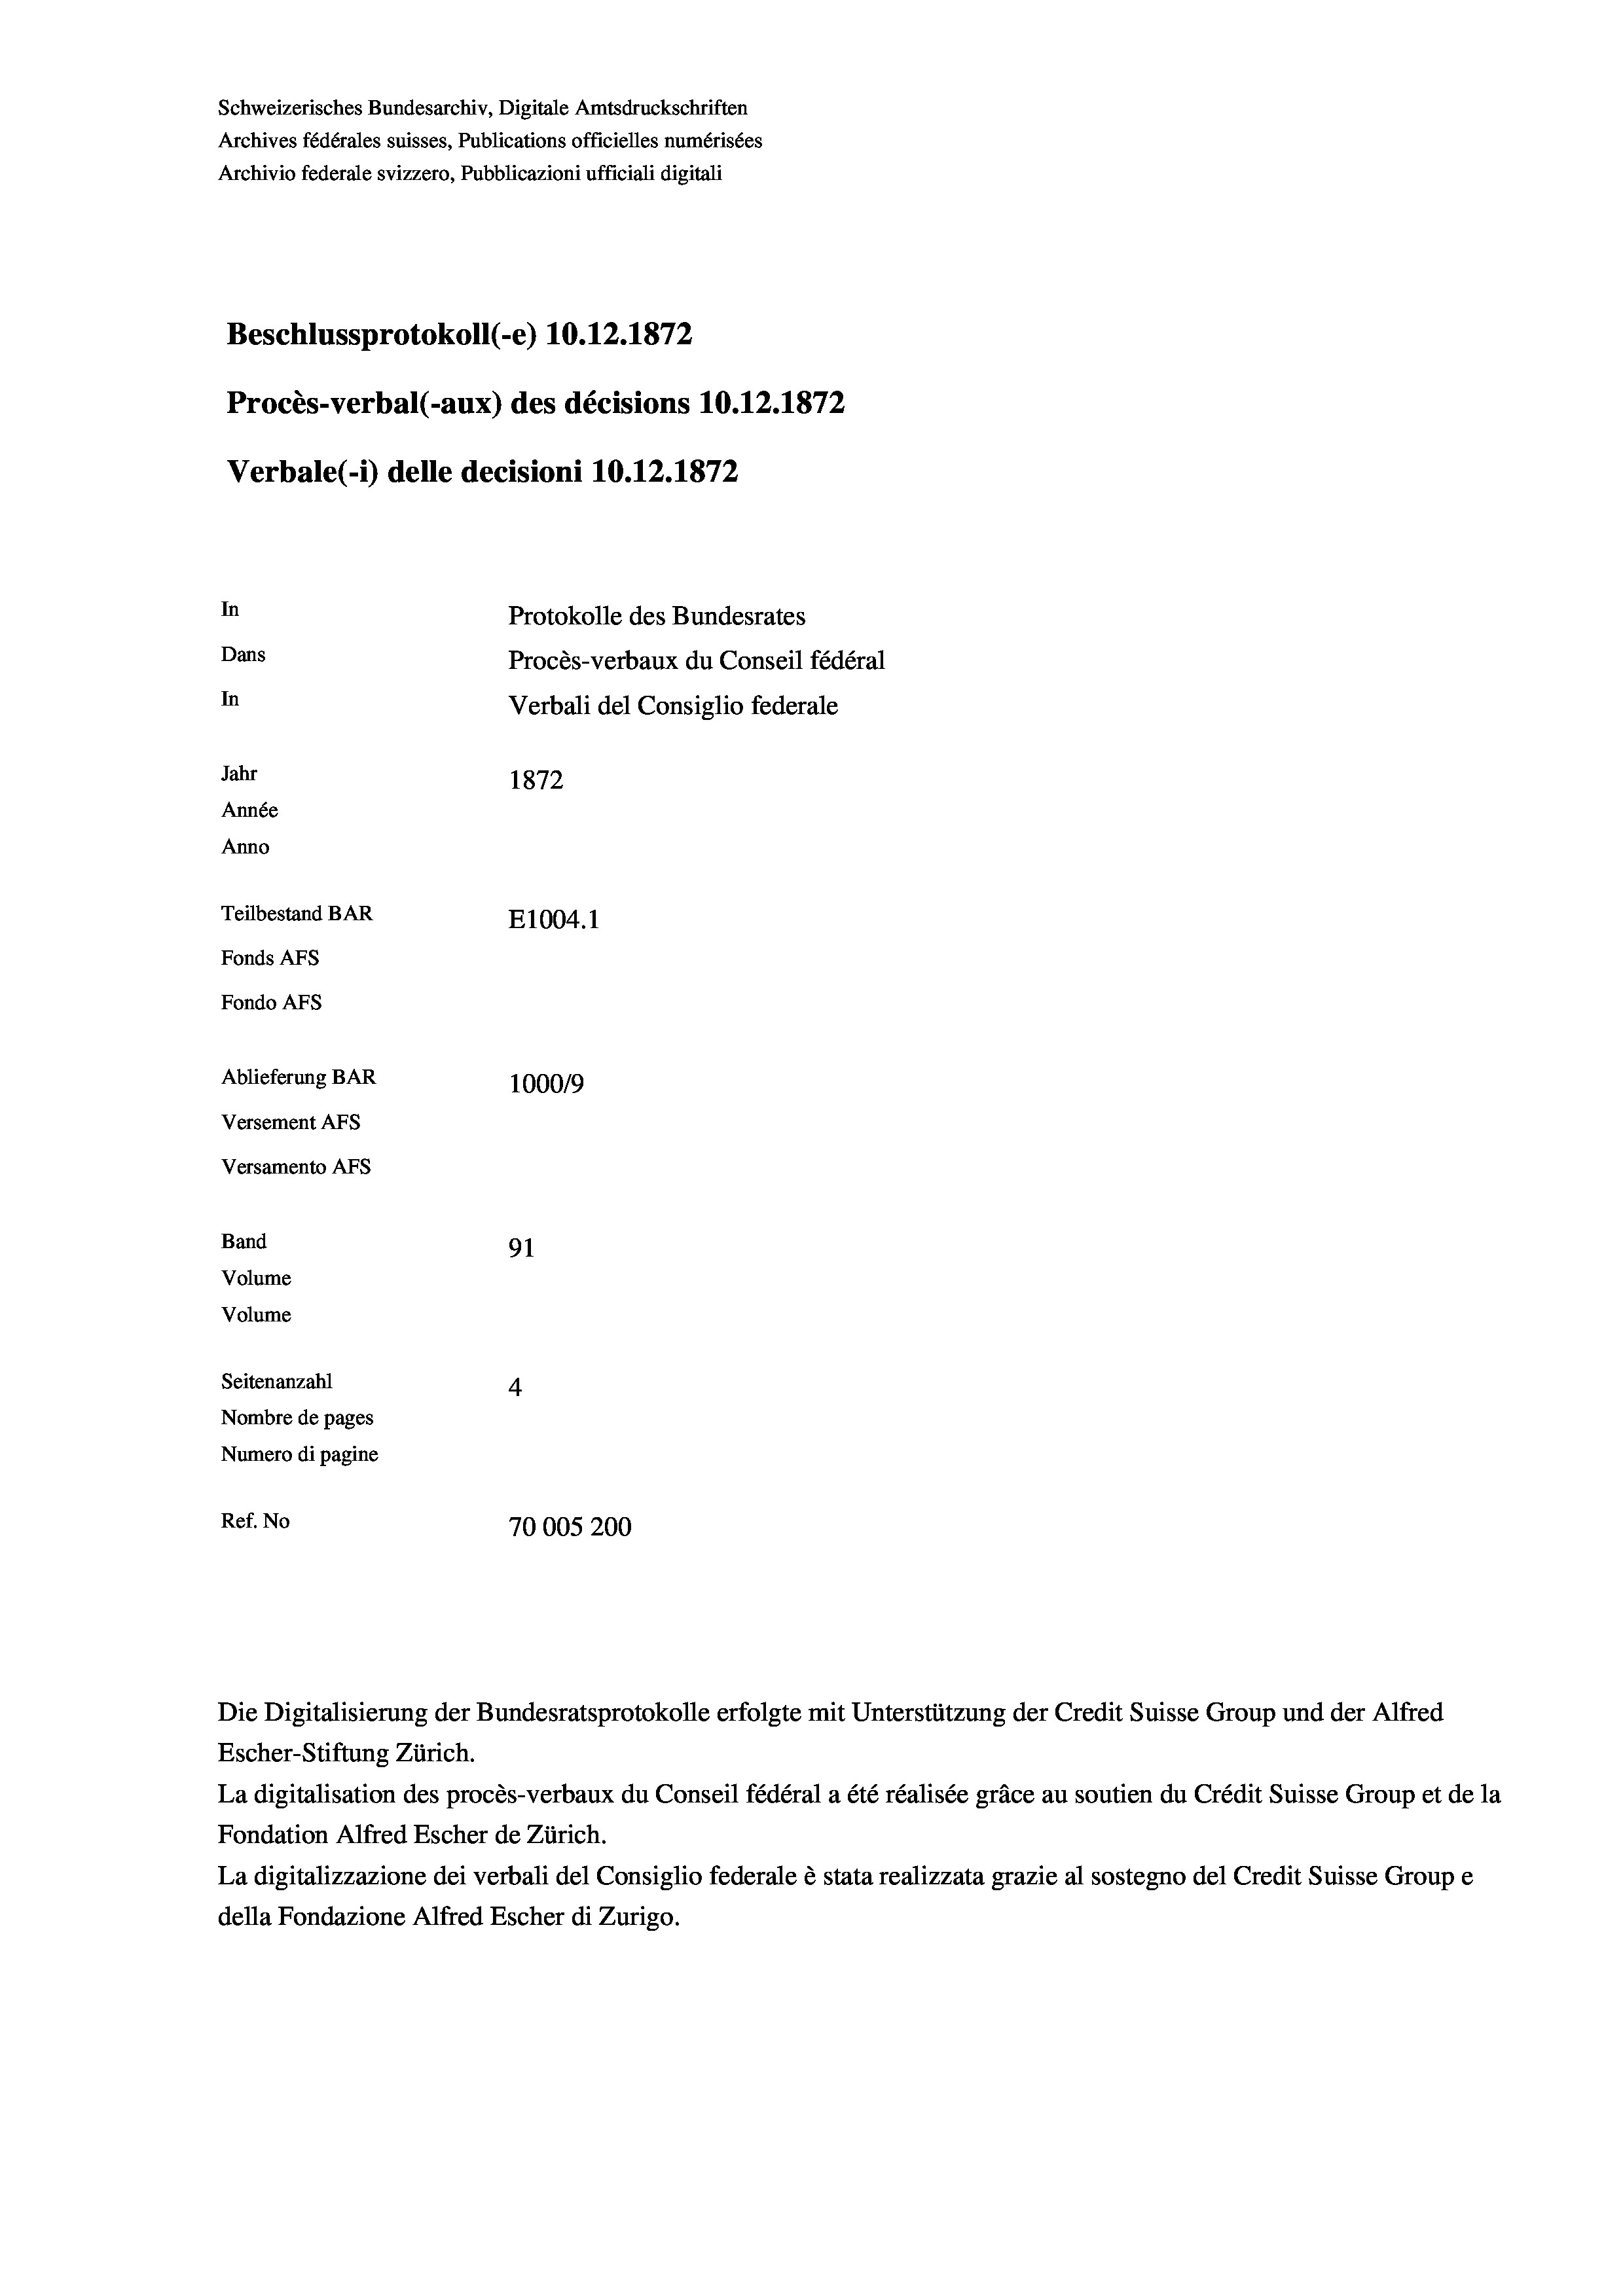
Schweizerisches Bundesarchiv, Digitale Amtsdruckschriften
Archives fédérales suisses, Publications officielles numérisées
Archivio federale svizzero, Pubblicazioni ufficiali digitali
Beschlussprotokoll (-e) 10.12.1872
Procès-verbal (-aux) des décisions 10.12.1872
Verbale (1) delle decisioni 10.12.1872
In
Protokolle des Bundesrates
Dans
Procès-verbaux du Conseil fédéral
In
Verbali del Consiglio federale
Jahr
1872
Année
Anno
Teilbestand BAR
E1004.1
Fonds AEs
Fondo AFs
Ablieferung BAR
100019
Versement AFS
Versamento AFs
Band
91
Volume
Volume
Seitenanzahl
4

Nombre de pages
Numero di pagine
Ref. No
70005200

La digitalisation des procès-verbaux du Conseil fédéral a été réalisée gräce au soutien du Crédit Suisse Group et de la
Fondation Alfred Escher de Zürich.
La digitalizzazione dei verbali del Consiglio federale è stata realizzata grazie al sostegno del Credit Suisse Groupe
della Fondazione Alfred Escher di Zurigo.

Escher-Stiftung Zürich.

Die Digitalisierung der Bundesratsprotokolle erfolgte mit Unterstützung der Credit Suisse Group und der Alfred